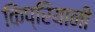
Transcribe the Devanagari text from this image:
किप्रियानी